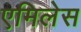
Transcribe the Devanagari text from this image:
एमिलेस